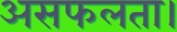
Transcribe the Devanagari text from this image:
असफलता।